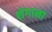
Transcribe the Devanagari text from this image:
शेंगाना